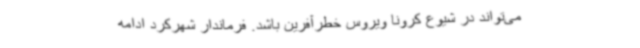
می‌تواند در شیوع کرونا ویروس خطرآفرین باشد. فرماندار شهرکرد ادامه